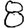
Digit: 8